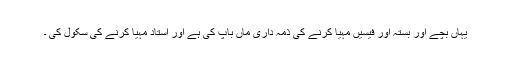
یہاں بچے اور بستہ اور فیسیں مہیا کرنے کی ذمہ داری ماں باپ کی ہے اور استاد مہیا کرنے کی سکول کی ۔